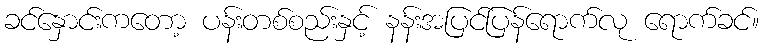
ခင်နှောင်းကတော့ ပန်းတစ်စည်းနှင့် နန်းအပြင်ပြန်ရောက်လု ရောက်ခင်။